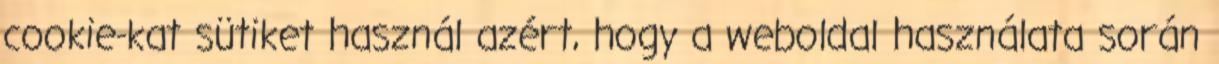
cookie-kat sütiket használ azért, hogy a weboldal használata során